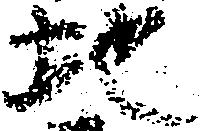
地